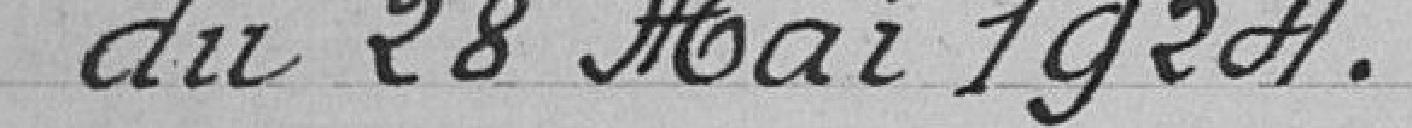
du 28 Mai 1924.